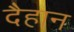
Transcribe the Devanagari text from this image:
दैहान